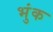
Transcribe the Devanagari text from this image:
भुंक